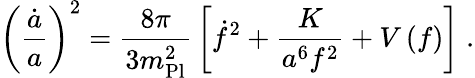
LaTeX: \left({\frac{\dot{a}}{a}}\right)^{2}={\frac{8\pi}{3m_{\mathrm{Pl}}^{2}}}\left[\dot{f}^{2}+{\frac{K}{a^{6}f^{2}}}+V\left(f\right)\right]\; .